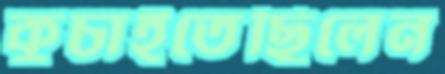
কুচাইতেছিলেন